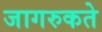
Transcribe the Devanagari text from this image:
जागरुकते